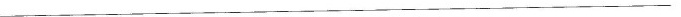
___